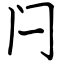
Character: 闩